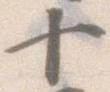
十